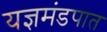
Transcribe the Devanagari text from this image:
यज्ञमंडपात